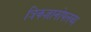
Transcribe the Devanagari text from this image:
त्रिकज्ञानोपलब्ध